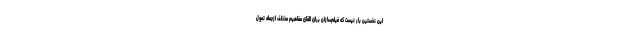
این نخستین بار نیست که فیلم‌سازان برای القای مفاهیم مختلف ازجمله تمول